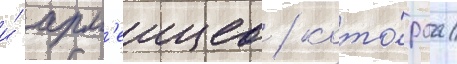
и́ арм'еицев / кото́раа